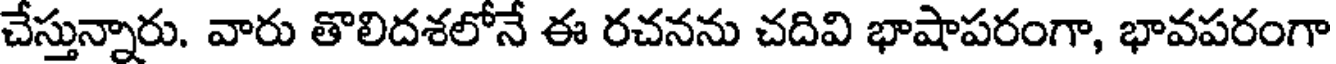
చేస్తున్నారు. వారు తొలిదశలోనే ఈ రచనను చదివి భాషాపరంగా, భావపరంగా